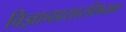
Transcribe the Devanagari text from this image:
विज्ञानप्रसारविषयक